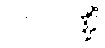
ဂလဂဏ္ဍိံ